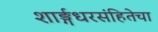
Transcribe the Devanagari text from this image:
शार्ङ्गधरसंहितेचा